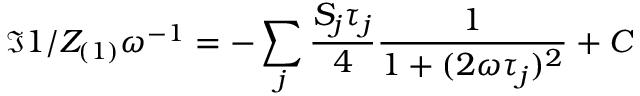
\Im { 1 / Z _ { ( 1 ) } } \omega ^ { - 1 } = - \sum _ { j } \frac { S _ { j } \tau _ { j } } { 4 } \frac { 1 } { 1 + ( 2 \omega \tau _ { j } ) ^ { 2 } } + C